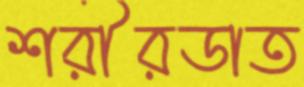
শরীরডাত